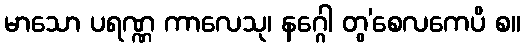
မာသော ပရဏ္ဏ ကာလေသု၊ နဂ္ဂေါ တွ’စေလကေပိ စ။